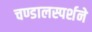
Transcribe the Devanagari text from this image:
चण्डालस्पर्शने